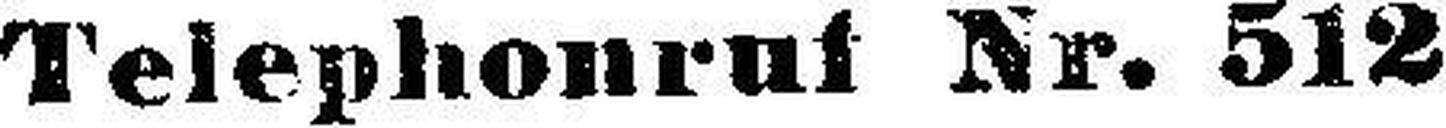
Telephonrut Nr. 512